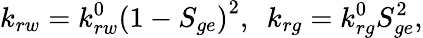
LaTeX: k_{rw}=k_{rw}^{0}\left(1-S_{ge}\right)^{2},\ \ k_{rg}=k_{rg}^{0}S_{ge}^{2},